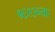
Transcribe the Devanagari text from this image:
१६९३च्या